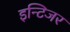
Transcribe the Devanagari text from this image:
इन्टिजर